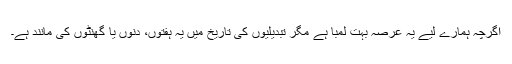
اگرچہ ہمارے لیے یہ عرصہ بہت لمبا ہے مگر تبدیلیوں کی تاریخ میں یہ ہفتوں، دنوں یا گھنٹوں کی مانند ہے۔